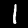
Digit: 1